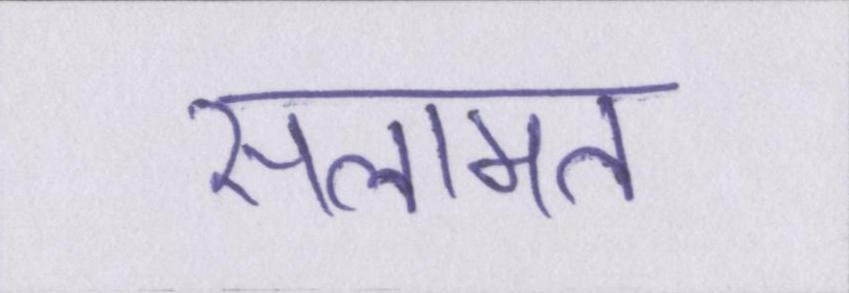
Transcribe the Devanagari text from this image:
सलामत